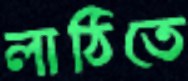
লাঠিতে